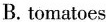
A. tomatos B. tomatoes C. Tomato